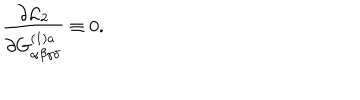
LaTeX: \frac { \partial { \cal L } _ { 2 } } { \partial G _ { \alpha \beta \gamma \delta } ^ { ( 1 ) a } } \equiv 0 .